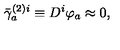
\bar { \gamma } _ { a } ^ { ( 2 ) i } \equiv D ^ { i } \varphi _ { a } \approx 0 ,